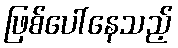
ဖြစ်ပေါ်နေသည့်